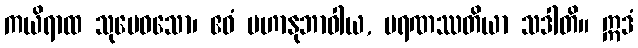
ကယိရာထ သုမေဓသော၊ ဧဝံ မဟာနုဘာဝါယ, မရဏဿတိယာ သဒါတိ။ ဣဒံ